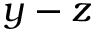
y - z